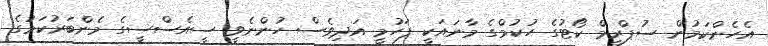
އެހެންކަމުން ސުޕްރީމް ކޯޓުގެ ހުކުމްގެ މާނައަކީ ފަހުމީ އަދިވެސް ހުންނެވީ ސީއެސްސީގެ މެންބަރުކަމުގެ